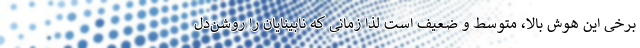
برخی این هوش بالا، متوسط و ضعیف است لذا زمانی که نابینایان را روشن‌دل